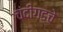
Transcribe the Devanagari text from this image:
चंदीगडचे